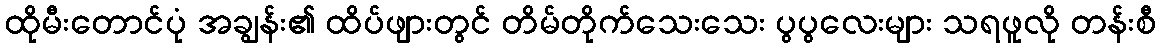
ထိုမီးတောင်ပုံ အချွန်း၏ ထိပ်ဖျားတွင် တိမ်တိုက်သေးသေး ပွပွလေးများ သရဖူလို တန်းစီ